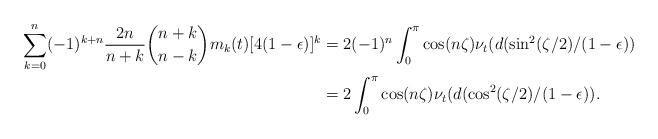
LaTeX: \begin{align*} \sum_{k=0}^n(-1)^{k+n} \frac{2n}{n+k}\binom{n+k}{n-k} m_k(t)[4(1-\epsilon)]^k &= 2(-1)^n \int_0^{\pi}\cos(n \zeta) \nu_t(d(\sin^2(\zeta/2)/(1-\epsilon))\\& = 2\int_0^{\pi}\cos(n \zeta) \nu_t(d(\cos^2(\zeta/2)/(1-\epsilon)).\end{align*}